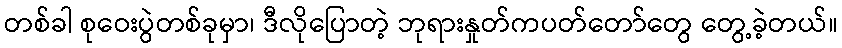
တစ်ခါ စုဝေးပွဲတစ်ခုမှာ၊ ဒီလိုပြောတဲ့ ဘုရားနှုတ်ကပတ်တော်တွေ တွေ့ခဲ့တယ်။